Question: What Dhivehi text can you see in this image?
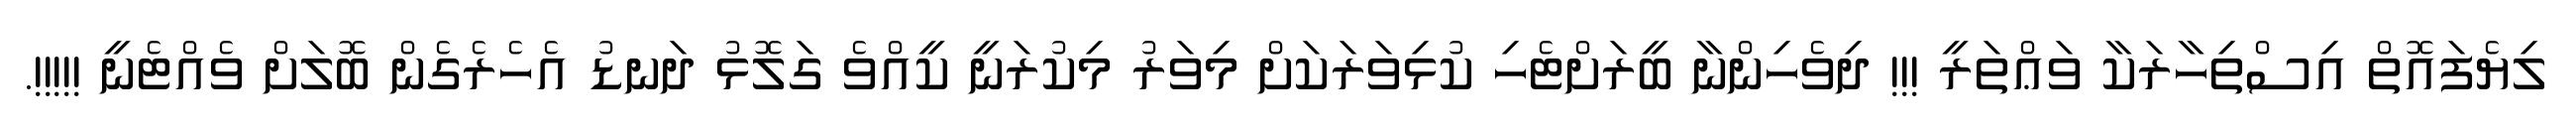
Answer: ލިޔެފައޮތް އިސްތިހާރަކާ ވަޢްތަރީ !!! ދިވެހިންނާ ބީރަށްޓެހި ކުޅިވަރަކަށް މިވަރު މިކުރަނީ ކީއްވެ ގަލޮޅު ދަނޑު އެހެރެގެން ބޮލަށް ވެއްޓެނީ !!!!!.